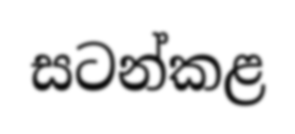
සටන්කළ